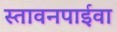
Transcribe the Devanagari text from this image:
स्तावनपाईवा